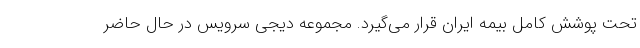
تحت پوشش کامل بیمه ایران قرار می‌گیرد. مجموعه دیجی سرویس در حال حاضر